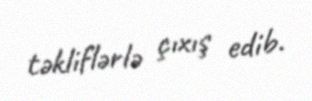
təkliflərlə çıxış edib.